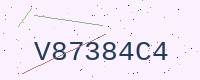
Text: V87384C4